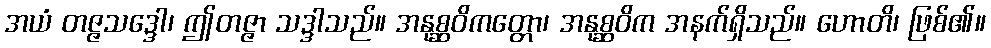
အယံ တဇ္ဇသဒ္ဒေါ၊ ဤတဇ္ဇာ သဒ္ဒါသည်။ အနုစ္ဆဝိကတ္တော၊ အနုစ္ဆဝိက အနက်ရှိသည်။ ဟောတိ၊ ဖြစ်၏။